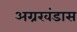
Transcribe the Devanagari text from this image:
अग्रखंडास